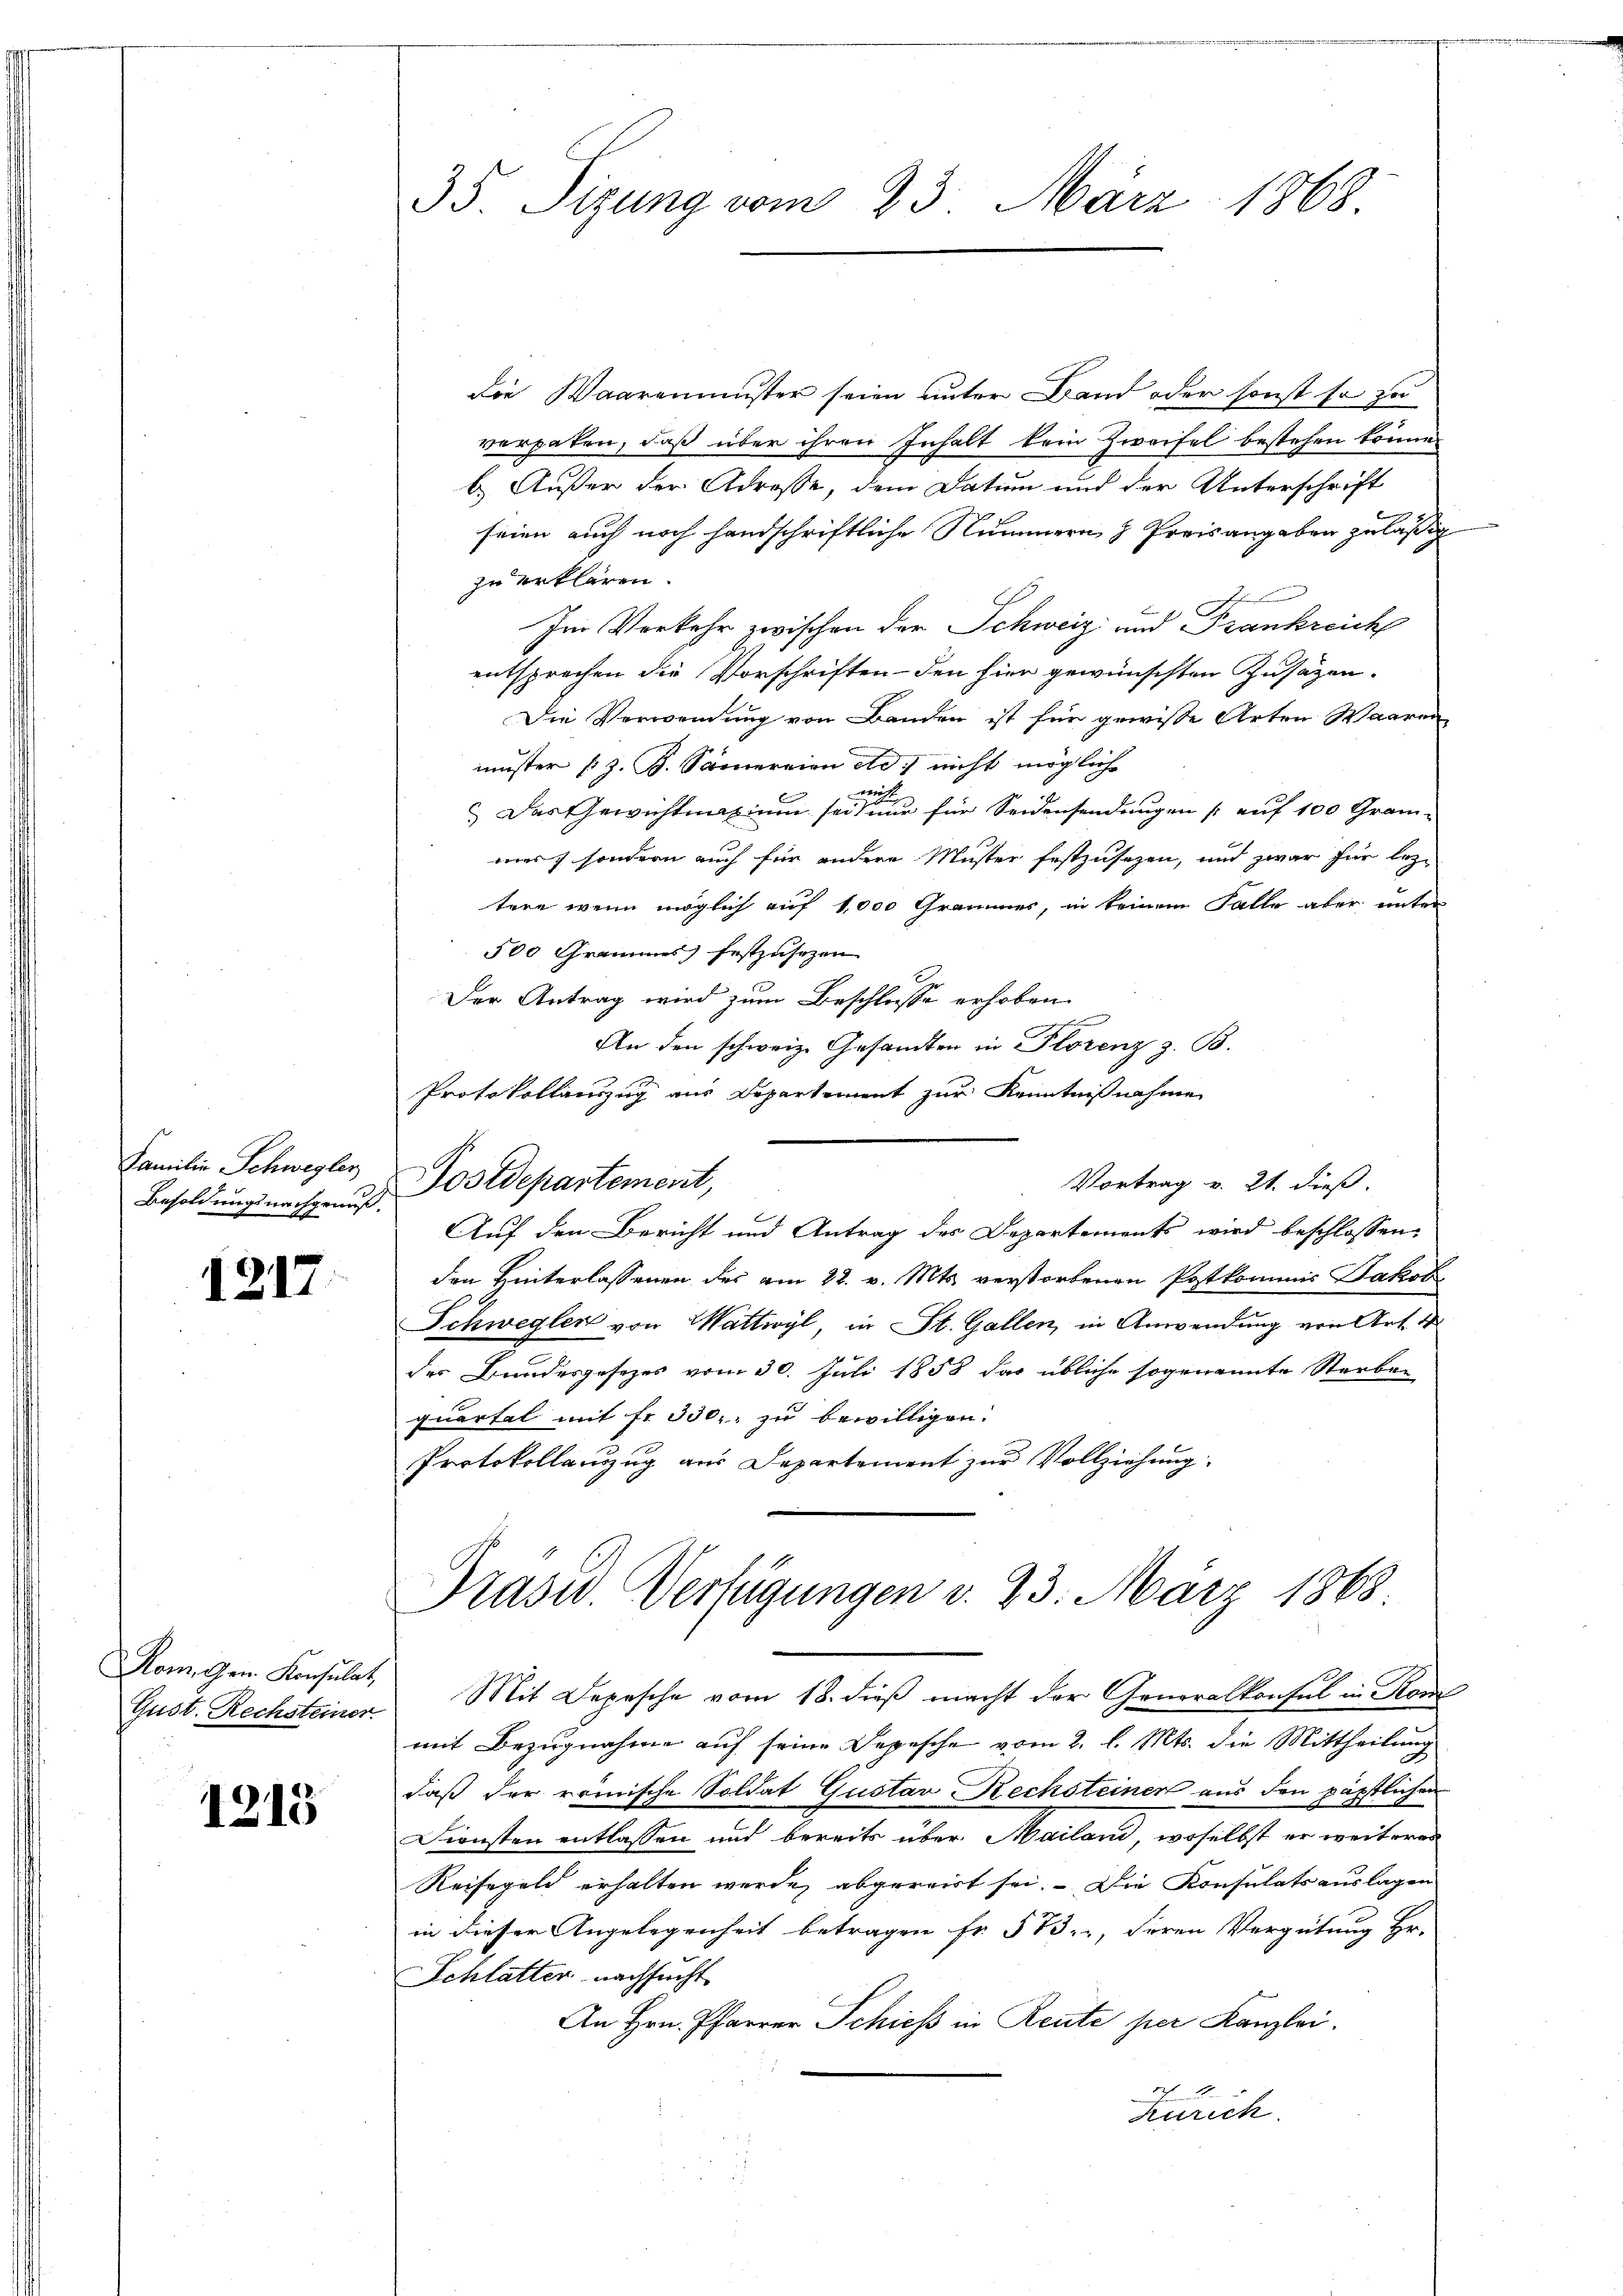
Familie Schwegler

1217

Rom. Gen. Konsulat
Gust. Rechsteiner

1215

35. Sizung vom 23. März 1868.

Die Waarenmuster seien unter Band oder sonst so zu
verpaten, daß über ihren Inhalt kein Zweifel bestehen könne.
b. Außer der Adresse, dem Dation und der Unterschrift
seien auch noch handschriftliche Nummern & Preisangaben zuläßig
zu erklären.
Im Verkehr zwischen der Schweiz und Frankreich
entsprechen die Vorschriften den hier gewünschten Zusätzen-
Die Verwendung von Banden ist für gewisse Arten Waaren
muster (z. B. Samereien etc) nicht möglich
h
 Das Gewichtung um seit nur für Seidensendungen auf 100 Grammes, sondern auch für andere Muster festzusezen, und zwar für lez
tere wenn möglich auf 1,000 Grammes, in keinem Falle aber unter
500 Grammes festzusetzen
Der Antrag wird zum Beschlusse erhoben
An den schweiz. Gesandten in Florenz z. B.
Protokollauszug aus Departement zur Kenntnißnahme
Vortrag v. 21. dieß.
Besoldungsnachsen Postdepartement,
Auf den Bericht und Antrag des Departements wird beschlossen:
den Hinterlassenen des am 22. v. Mts. verstorbenen Postkommis Jakob
Schwegler von Wattwyl, in St. Gallen, in Anwendung von Art. 4
des Bundesgesezes vom 30. Juli 1858 das übliche sogenannte Sterben
quartal mit fr. 350, zu bewilligen.
Protokollanzug aus Departement zur Vollziehung

Prasis Verfügungen d. 23. März 1868.

Mit Depesche vom 18. dieß macht der Generalkonsul in Rom
mit Bezugnahme auf seine Depesche vom 2. l. Mts. die Mittheilung
daß der römische Soldat Gustav Rechsteinen aus den päpstlichen
Diensten entlassen und bereits über Mailand, woselbst er weiteres
Reisegeld erhalten wurde, abgereist sei. Die Konsulatsauslagen
in dieser Angelegenheit betragen fr. 513., Seren Vergütung Hr.
Schlatter nachsucht
An Hrn. Pfarrer Schieß in Reute per Kanzlei.
2
Zürich.